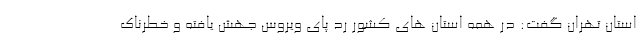
استان تهران گفت: در همه استان های کشور رد پای ویروس جهش یافته و خطرناک